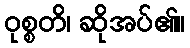
ဝုစ္စတိ၊ ဆိုအပ်၏။